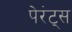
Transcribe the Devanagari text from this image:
पेरंट्स